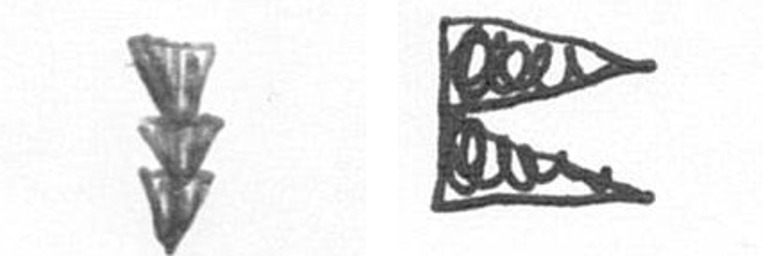
E P